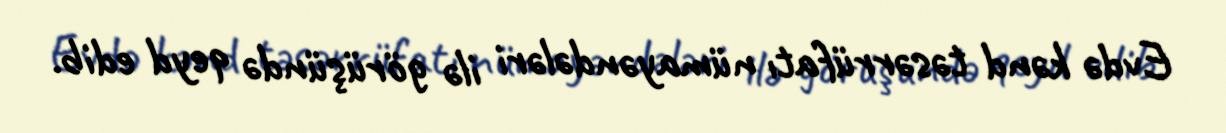
Evdə kənd təsərrüfatı nümayəndələri ilə görüşündə qeyd edib.